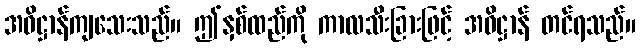
အဓိဋ္ဌာန်ကျသေးသည်။ ဤနှစ်ထည်ကို ကာလသီးခြားဖြင့် အဓိဋ္ဌာန် တင်ရသည်။